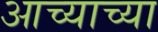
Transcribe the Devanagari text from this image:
आच्याच्या